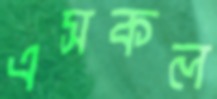
এসকল